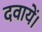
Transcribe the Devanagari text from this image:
दवायें।